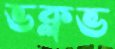
ভক্লভ